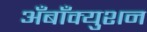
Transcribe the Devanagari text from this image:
अँबाँक्युशन